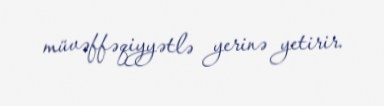
müvəffəqiyyətlə yerinə yetirir.